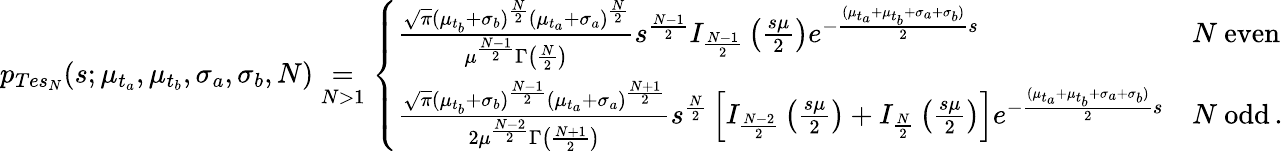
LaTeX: \begin{array}{r}{p_{Tes_{N}}(s;\mu_{t_{a}},\mu_{t_{b}},\sigma_{a},\sigma_{b},N)\underset{N>1}{=}\left\lbrace\begin{array}{lll}{\frac{\sqrt{\pi}(\mu_{t_{b}}+\sigma_{b})^{\frac{N}{2}}(\mu_{t_{a}}+\sigma_{a})^{\frac{N}{2}}}{\mu^{\frac{N-1}{2}}\Gamma\left(\frac{N}{2}\right)}s^{\frac{N-1}{2}}I_{\frac{N-1}{2}}\left(\frac{s\mu}{2}\right)e^{-\frac{(\mu_{t_{a}}+\mu_{t_{b}}+\sigma_{a}+\sigma_{b})}{2}s}}&{N~\mathrm{even}}\\ {\frac{\sqrt{\pi}(\mu_{t_{b}}+\sigma_{b})^{\frac{N-1}{2}}(\mu_{t_{a}}+\sigma_{a})^{\frac{N+1}{2}}}{2\mu^{\frac{N-2}{2}}\Gamma\left(\frac{N+1}{2}\right)}s^{\frac{N}{2}}\left[I_{\frac{N-2}{2}}\left(\frac{s\mu}{2}\right)+I_{\frac{N}{2}}\left(\frac{s\mu}{2}\right)\right]e^{-\frac{(\mu_{t_{a}}+\mu_{t_{b}}+\sigma_{a}+\sigma_{b})}{2}s}}&{N~\mathrm{odd}\, .}\end{array}\right.}\end{array}